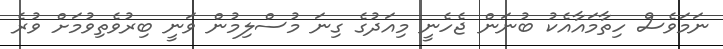
ނަމަވެސް ހިތާމައާއެކު ބުނަން ޖެހެނީ މިއަދުގެ ގިނަ މުސްލިމުން ވަނީ ބިރުވެތިވުމަށް ވުރެ